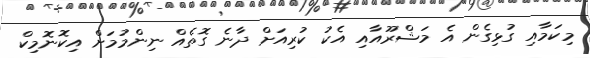
މިކަމާއި ގުޅިގެން އެ މަޝްރޫއާއި އެކު ކުރިއަށް ދާނެ ގޮތެއް ނިންމުމަށް އިކޮނޮމިކް